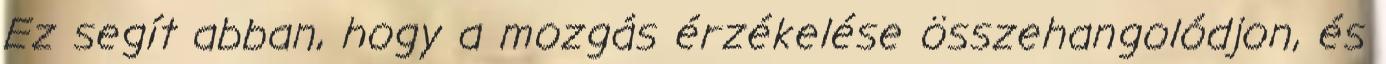
Ez segít abban, hogy a mozgás érzékelése összehangolódjon, és